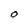
Character: O